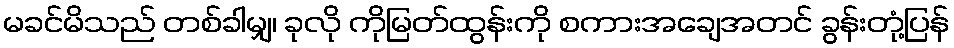
မခင်မိသည် တစ်ခါမျှ၊ ခုလို ကိုမြတ်ထွန်းကို စကားအချေအတင် ခွန်းတုံ့ပြန်